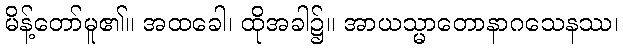
မိန့်တော်မူ၏။ အထခေါ၊ ထိုအခါ၌။ အာယသ္မာတောနာဂသေနဿ၊